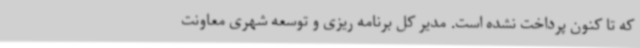
که تا کنون پرداخت نشده است. مدیر کل برنامه ریزی و توسعه شهری معاونت